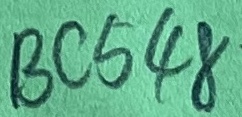
Text: BC548